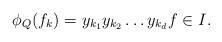
\begin{align*}\phi_Q(f_k) = y_{k_1} y_{k_2} \ldots y_{k_d} f \in I. \end{align*}